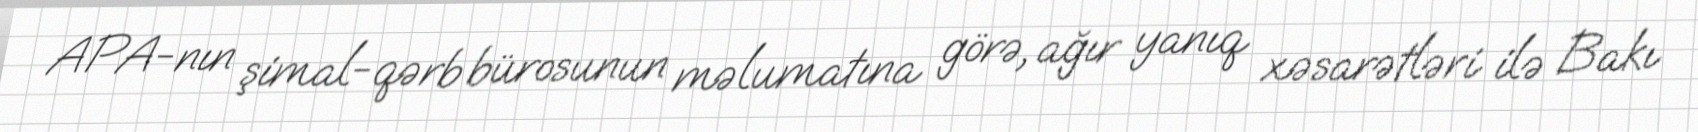
APA-nın şimal-qərb bürosunun məlumatına görə, ağır yanıq xəsarətləri ilə Bakı